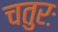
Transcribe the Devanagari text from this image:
चतुरः